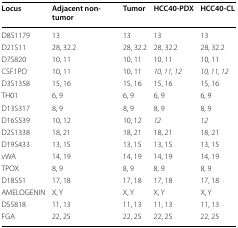
| Locus | Adjacent non-tumor | Tumor | HCC40-PDX | HCC40-CL |
 | --- | --- | --- | --- | --- |
 | D8S1179 | 13 | 13 | 13 | 13 |
 | D21S11 | 28, 32.2 | 28, 32.2 | 28, 32.2 | 28, 32.2 |
 | D7S820 | 10, 11 | 10, 11 | 10, 11 | 10, 11 |
 | CSF1PO | 10, 11 | 10, 11 | 10, 11, 12 | 10, 11, 12 |
 | D3S1358 | 15, 16 | 15, 16 | 15, 16 | 15, 16 |
 | TH01 | 6, 9 | 6, 9 | 6, 9 | 6, 9 |
 | D13S317 | 8, 9 | 8, 9 | 8, 9 | 8, 9 |
 | D16S539 | 10, 12 | 10, 12 | 12 | 12 |
 | D2S1338 | 18, 21 | 18, 21 | 18, 21 | 18, 21 |
 | D19S433 | 13, 15 | 13, 15 | 13, 15 | 13, 15 |
 | vWA | 14, 19 | 14, 19 | 14, 19 | 14, 19 |
 | TPOX | 8, 9 | 8, 9 | 8, 9 | 8, 9 |
 | D18S51 | 17, 18 | 17, 18 | 17, 18 | 17, 18 |
 | AMELOGENIN | X, Y | X, Y | X, Y | X, Y |
 | D5S818 | 11, 13 | 11, 13 | 11, 13 | 11, 13 |
 | FGA | 22, 25 | 22, 25 | 22, 25 | 22, 25 |